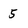
Character: 5